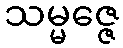
သမ္မဇ္ဇေ